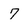
Character: 7